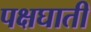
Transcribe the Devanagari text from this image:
पक्षघाती